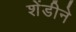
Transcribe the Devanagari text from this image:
शेंडीने